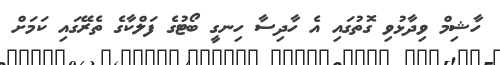
ހާޝިމް ވިދާޅުވި ގޮތުގައި އެ ހާދިސާ ހިނގީ ބޯޓުގެ ފަލްކާގެ ތެރޭގައި ކަމަށް